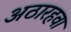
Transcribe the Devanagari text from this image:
अठारहवा